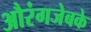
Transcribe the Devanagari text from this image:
औरंगजेबके